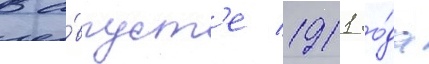
В а́вгуст'е 1911 го́да